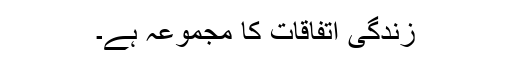
زندگی اتفاقات کا مجموعہ ہے۔